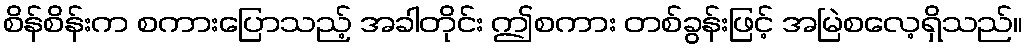
စိန်စိန်းက စကားပြောသည့် အခါတိုင်း ဤစကား တစ်ခွန်းဖြင့် အမြဲစလေ့ရှိသည်။